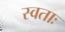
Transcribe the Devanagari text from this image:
स्वताः